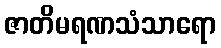
ဇာတိမရဏသံသာရော